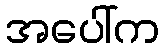
အပေါ်က